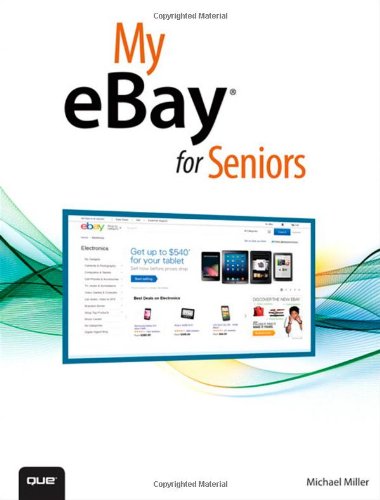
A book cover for My eBay for Seniors; Michael Miller; Computers & Technology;